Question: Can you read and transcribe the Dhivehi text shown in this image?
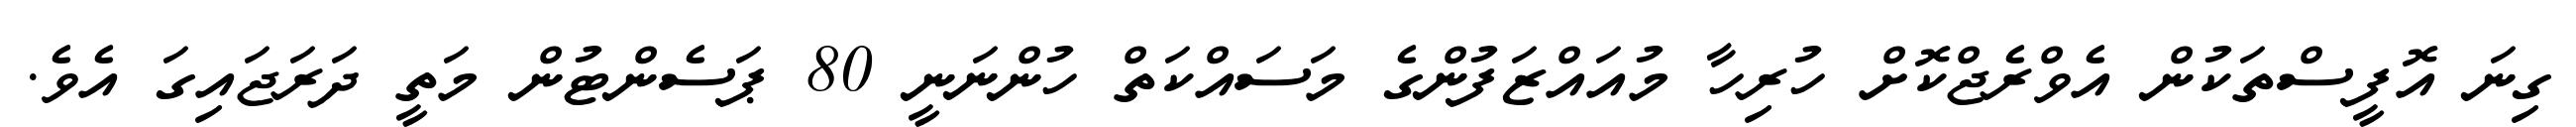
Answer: ގިނަ އޮފީސްތަކުން އެވްރެޖްކޮށް ހުރިހާ މުއައްޒަފުންގެ މަސައްކަތް ހުންނަނީ 80 ޕަސެންޓުން މަތީ ދަރަޖައިގަ އެވެ.